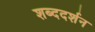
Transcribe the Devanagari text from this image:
शब्ददर्शन